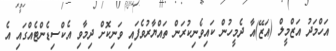
އަހްމަދު އަޒްމީލް (އަޒޭ)އާ ދެމީހުން ކައިވެނިކުރަން ތައްޔާރުވެފައި ވަނިކޮށް ދިމާވި އެކްސިޑެންޓެއްގައި އެ